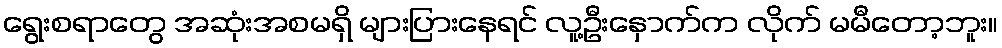
ရွေးစရာတွေ အဆုံးအစမရှိ များပြားနေရင် လူ့ဦးနှောက်က လိုက် မမီတော့ဘူး။